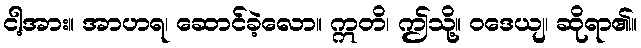
ငါ့အား။ အာဟရ၊ ဆောင်ခဲ့လော။ ဣတိ၊ ဤသို့။ ဝဒေယျ၊ ဆိုရာ၏။